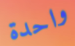
واحدة